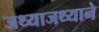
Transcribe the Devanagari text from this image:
जथ्याजथ्याने